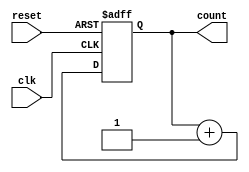
module async_reset_sync_counter (
    input wire clk,          // Clock signal
    input wire reset,        // Asynchronous reset signal
    output reg [3:0] count   // 4-bit counter output
);

    // Asynchronous reset logic
    always @(posedge clk or posedge reset) begin
        if (reset) begin
            count <= 4'b0000; // Reset counter to 0
        end else begin
            count <= count + 1; // Increment counter
        end
    end

endmodule